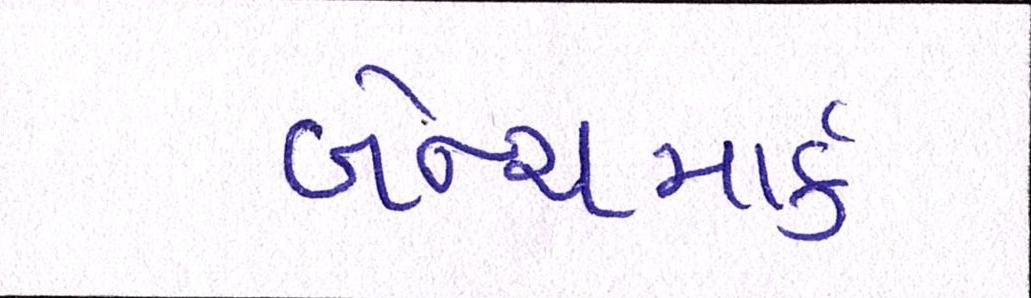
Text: બેન્ચમાર્ક